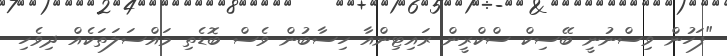
"ފަހުން ވިސްނުނީ ބޭސިކް ސްކްރީން ރައިޓިންއާ ހިސާބުން ވެސް ބޮޑެތި މައްސަލަތަކެއް ދިވެހި